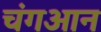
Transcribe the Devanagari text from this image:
चंगआन